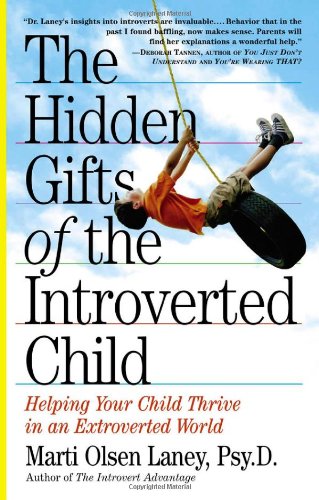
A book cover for The Hidden Gifts of the Introverted Child: Helping Your Child Thrive in an Extroverted World; Marti Olsen Laney Psy.D.; Parenting & Relationships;